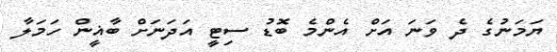
ޔަމަނުގެ ދެ ވަނަ އަށް އެންމެ ބޮޑު ސިޓީ އަދަނަށް ބާޣީން ހަމަލާ